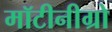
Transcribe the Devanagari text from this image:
मॉटीनीग्रो